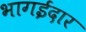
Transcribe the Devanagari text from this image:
भागईदार